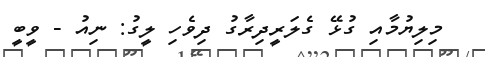
މިލިޔުމާއި ގުޅޭ ގެލަރީދިރާގު ދިވެހި ލީގު: ނިއު - ވީބީ